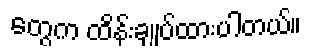
တွေက ထိန်းချုပ်ထားပါတယ်။